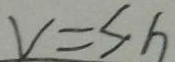
V = s h